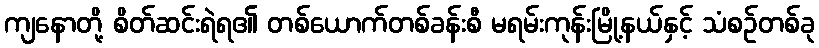
ကျနောတို့ စိတ်ဆင်းရဲရ၏ တစ်ယောက်တစ်ခန်းစီ မရမ်းကုန်းမြို့နယ်နှင့် သံစဉ်တစ်ခု